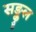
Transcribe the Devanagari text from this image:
सङ्कुल